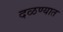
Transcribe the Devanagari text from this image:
दळण्यात